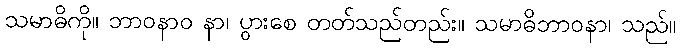
သမာဓိကို။ ဘာဝနာဝ နာ၊ ပွားစေ တတ်သည်တည်း။ သမာဓိဘာဝနာ၊ သည်။